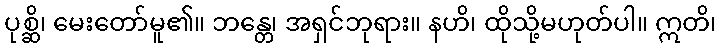
ပုစ္ဆိ၊ မေးတော်မူ၏။ ဘန္တေ၊ အရှင်ဘုရား။ နဟိ၊ ထိုသို့မဟုတ်ပါ။ ဣတိ၊